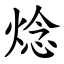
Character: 焾